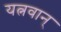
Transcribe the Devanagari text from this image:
यत्नवान्